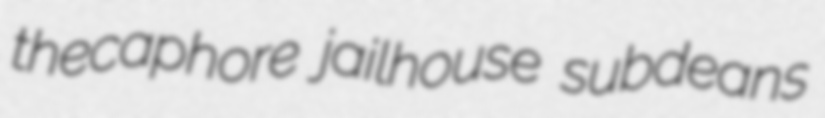
thecaphore jailhouse subdeans